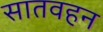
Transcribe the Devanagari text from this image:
सातवहन